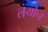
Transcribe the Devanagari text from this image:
लयोन